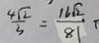
\frac { 4 \sqrt { 2 } } { 3 } = \frac { 1 6 \sqrt { 2 } } { 8 1 }